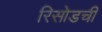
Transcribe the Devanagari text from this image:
रिसोडची